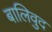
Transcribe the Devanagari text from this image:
बालिवुद